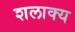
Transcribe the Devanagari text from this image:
शलाक्य